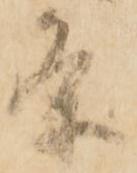
条